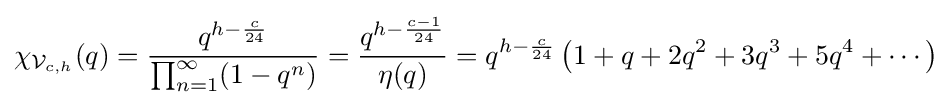
\chi _{{\mathcal {V}}_{c,h}}(q)={\frac {q^{h-{\frac {c}{24}}}}{\prod _{n=1}^{\infty }(1-q^{n})}}={\frac {q^{h-{\frac {c-1}{24}}}}{\eta (q)}}=q^{h-{\frac {c}{24}}}\left(1+q+2q^{2}+3q^{3}+5q^{4}+\cdots \right)